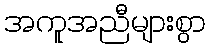
အကူအညီများစွာ